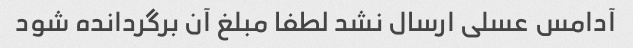
آدامس عسلی ارسال نشد لطفا مبلغ آن برگردانده شود